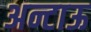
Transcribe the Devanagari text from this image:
अन्टाऊ